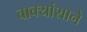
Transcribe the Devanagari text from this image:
वाक्यांशाने